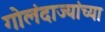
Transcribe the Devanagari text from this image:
गोलंदाज्यांच्या